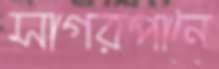
সাগরপানে